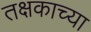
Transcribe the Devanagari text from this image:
तक्षकाच्या